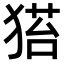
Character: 𤠂